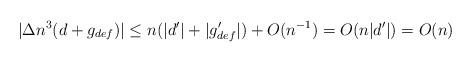
LaTeX: \begin{align*}|\Delta n^3(d+g_{def})| \le n(|d'| + |g_{def}'|) + O(n^{-1}) = O(n|d'|) = O(n)\end{align*}